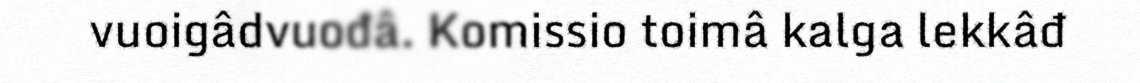
vuoigâdvuođâ. Komissio toimâ kalga lekkâđ